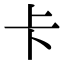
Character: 卡